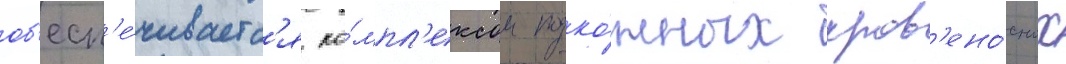
об'есп'е́чиваетс'я ко́мпл'ексом подко́жных кров'ено́сных